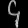
Digit: ၄